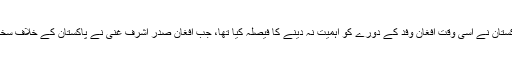
دوسری جانب پاکستانی دفتر خارجہ کے ذرائع کا کہنا ہے کہ پاکستان نے اسی وقت افغان وفد کے دورے کو اہمیت نہ دینے کا فیصلہ کیا تھا، جب افغان صدر اشرف غنی نے پاکستان کے خلاف سخت رویہ اپناتے ہوئے اپنا وفد اسلام آباد بھجوانے کا اعلان کیا تھا۔